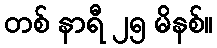
တစ် နာရီ ၂၅ မိနစ်။